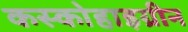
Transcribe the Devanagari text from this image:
कस्कोहाइग्रीन